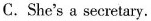
C.She's a secretary.